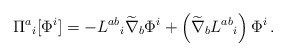
\begin{align*}\Pi^a{}_i [\Phi^i] =- L^{a b}{}_i \widetilde{\nabla}_b \Phi^i + \left( \widetilde{\nabla}_b L^{a b}{}_i \right) \Phi^i \,.\end{align*}